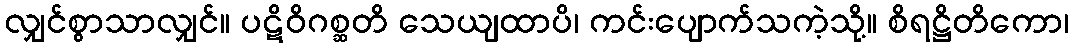
လျှင်စွာသာလျှင်။ ပဋိဝိဂစ္ဆတိ သေယျထာပိ၊ ကင်းပျောက်သကဲ့သို့။ စိရဋ္ဌိတိကော၊